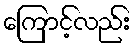
ကြောင့်လည်း